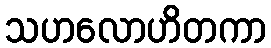
သဟလောဟိတကာ